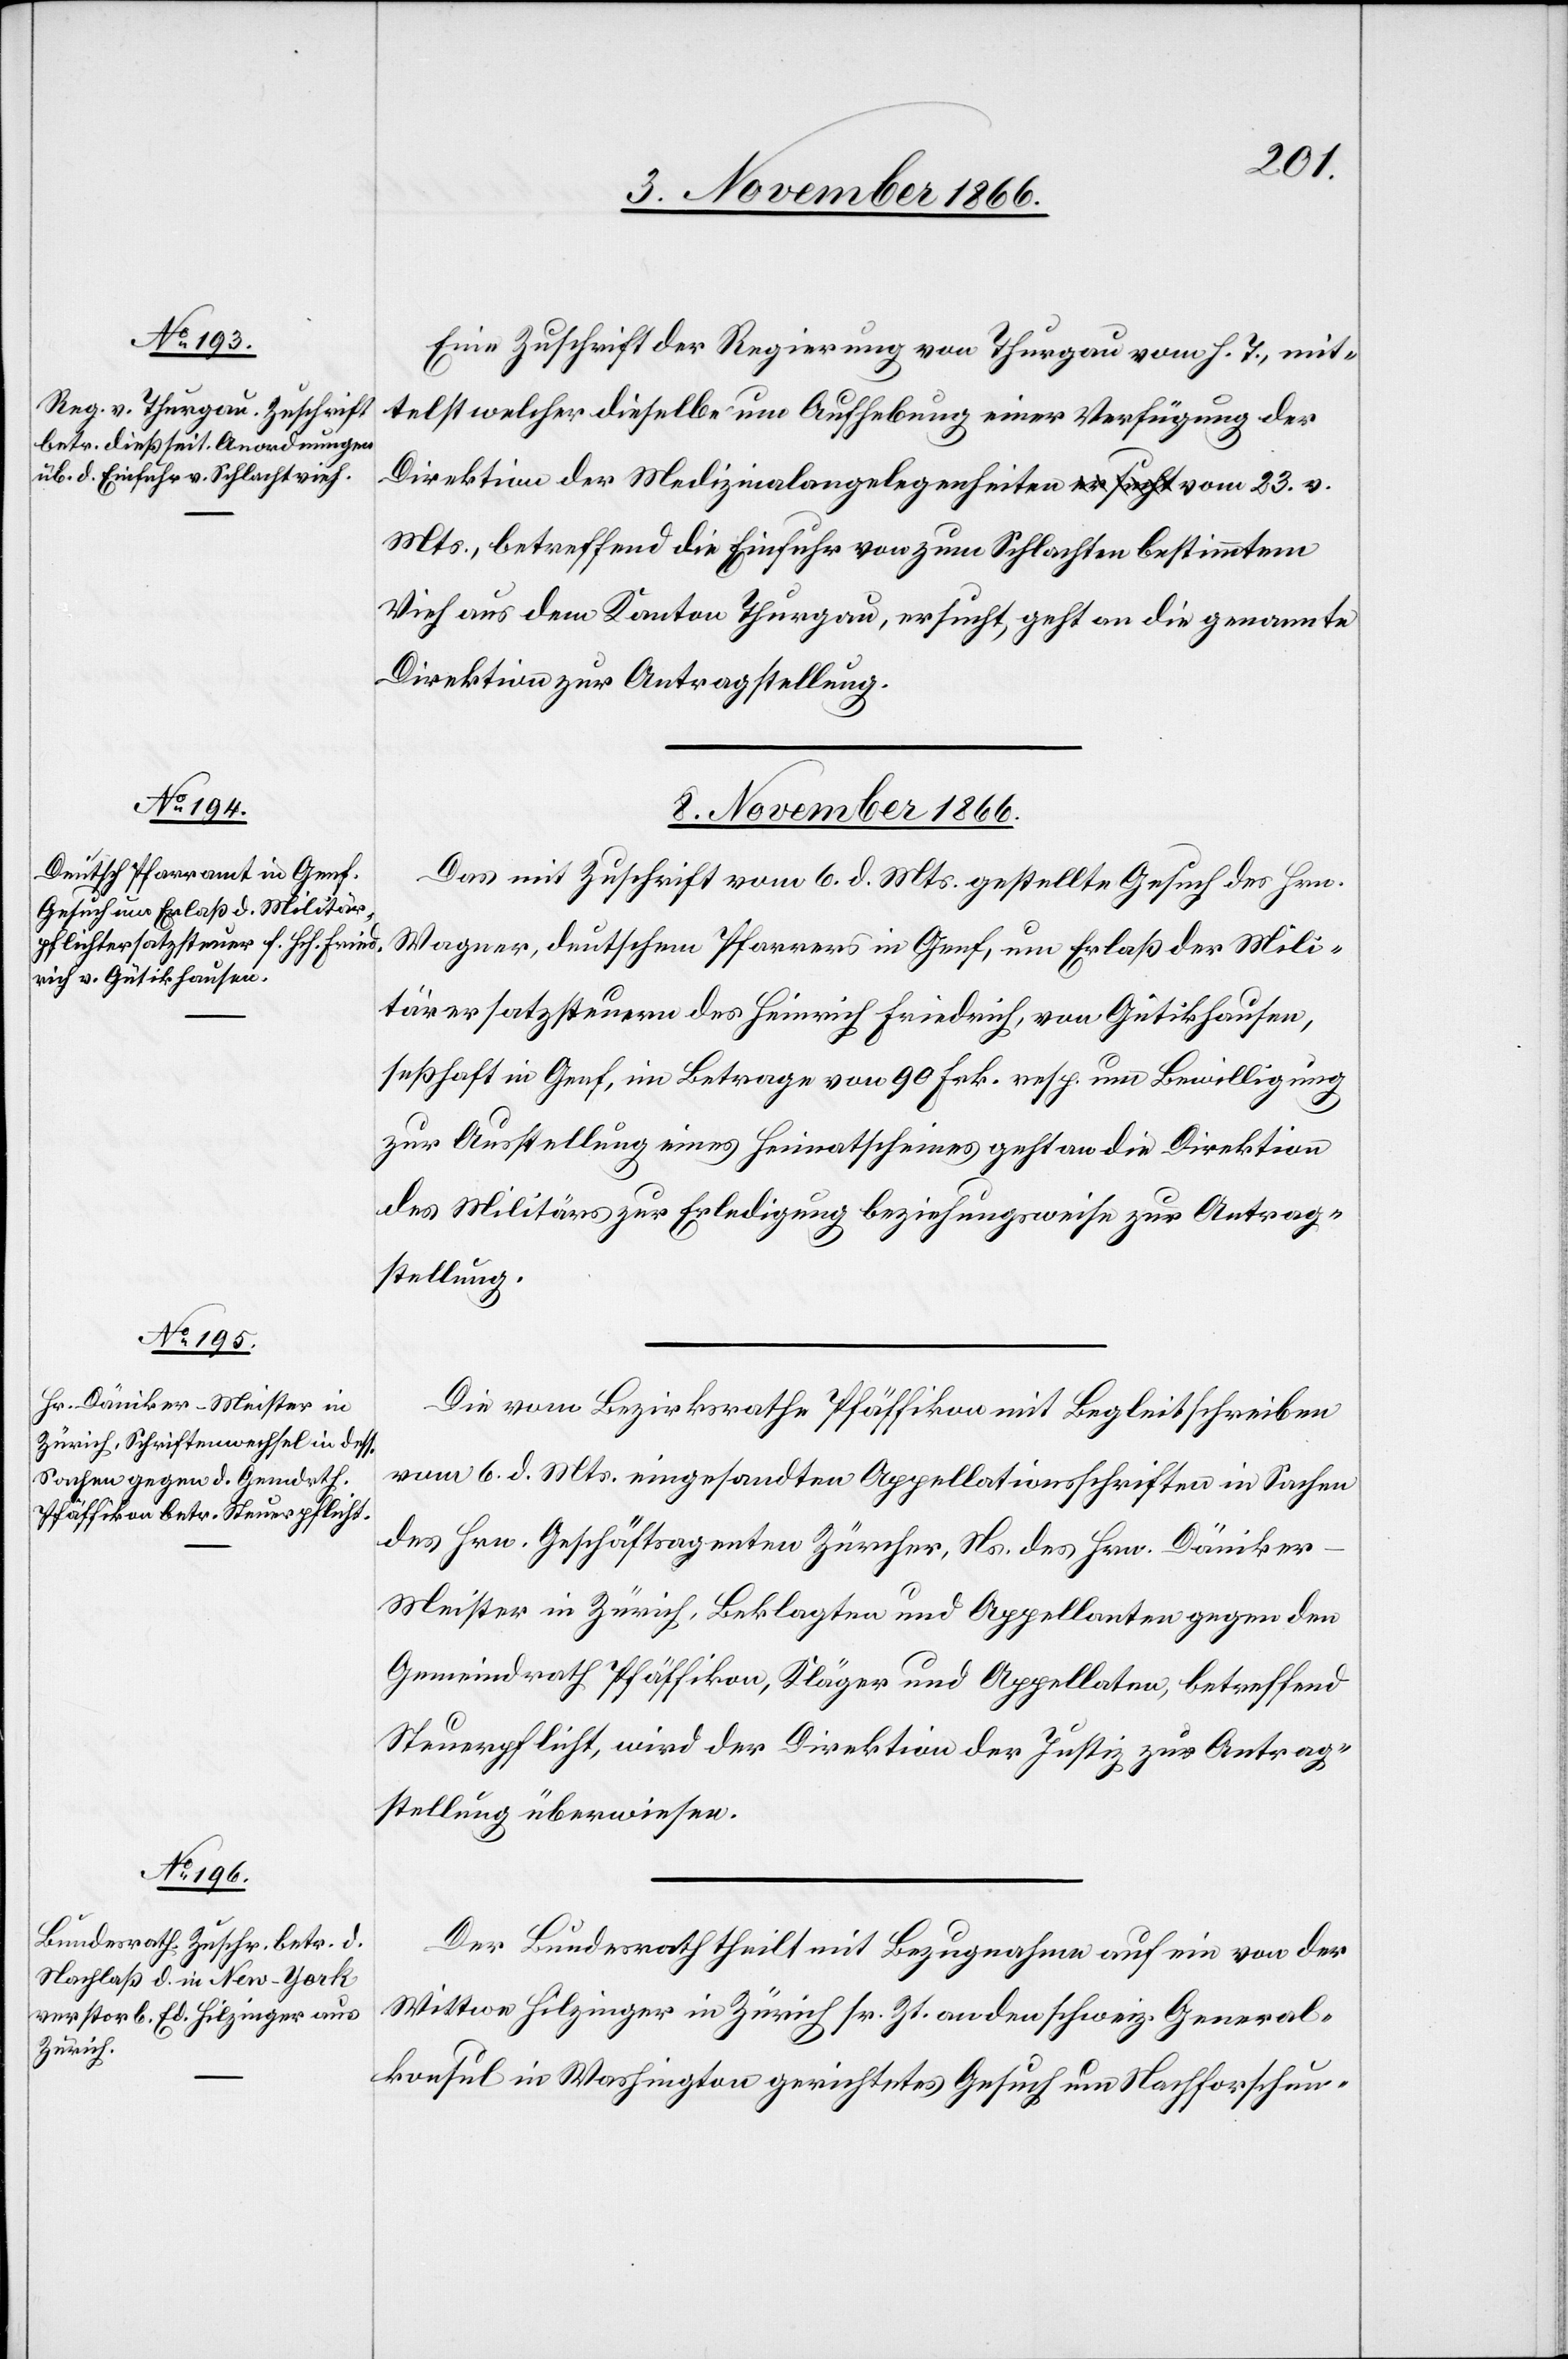
Eine Zuschrift der Regierung von Thurgau vom h. T., mit¬
telst welcher dieselbe um Aufhebung einer Verfügung der
Direktion der Medizinalangelegenheiten vom 23. v. M¬
ts., betreffend die Einfuhr von zum Schlachten bestimmtem
Vieh aus dem Kanton Thurgau, ersucht, geht an die genannte
Direktion zur Antragstellung.
8. November 1866.]
Das mit Zuschrift vom 6. d. Mts. gestellte Gesuch des Hrn.
Wagner, deutschem Pfarrers in Genf, um Erlaß der Mili¬
tärersatzsteuern des Heinrich Friedrich, von Gütikhausen,
seßhaft in Genf, im Betrage von 90 Frk. resp. um Bewilligung
zur Ausstellung eines Heimatscheines geht an die Direktion
des Militärs zur Erledigung beziehungsweise zur Antrag¬
stellung.
Die vom Bezirksrathe Pfäffikon mit Begleitschreiben
vom 6. d. Mts. eingesandten Appellationsschriften in Sachen
des Hrn. Geschäftsagenten Zürcher, Ns. des Hrn. Däniker-M¬
eister in Zürich, Beklagten und Appellanten gegen den
Gemeindrath Pfäffikon, Kläger und Appellaten, betreffend
Steuerpflicht, wird der Direktion der Justiz zur Antrag¬
stellung überwiesen.
Der Bundesrath theilt mit Bezugnahme auf ein von der
Wittwe Hilzinger in Zürich sr. Zt. an den schweiz. General¬
konsul in Washington gerichtetes Gesuch um Nachforschun-